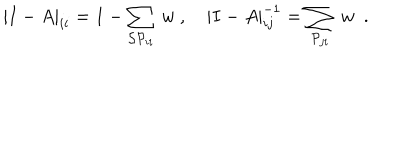
| I - A | _ { i i } = 1 - \sum _ { { \cal S P } _ { i i } } \ w \ , \quad | I - A | _ { i j } ^ { - 1 } = \sum _ { { \cal P } _ { j i } } \ w \ \ .